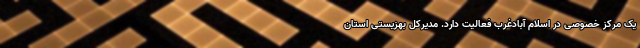
یک مرکز خصوصی در اسلام آبادغرب فعالیت دارد. مدیرکل بهزیستی استان